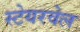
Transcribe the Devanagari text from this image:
स्टेयरवेल